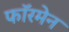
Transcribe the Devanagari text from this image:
फॉरमेन